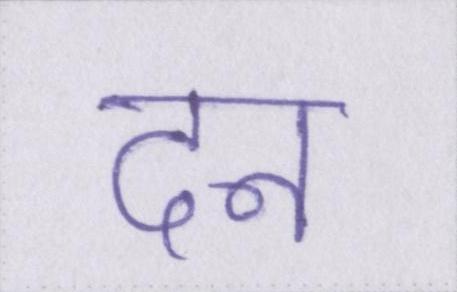
दन